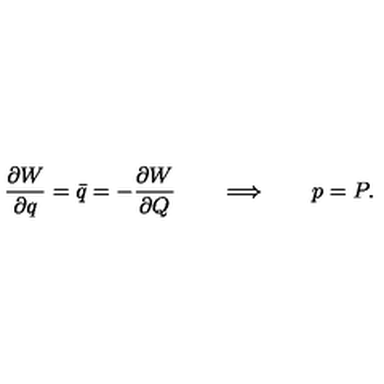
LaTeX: { \frac { \partial W } { \partial q } } = \bar { q } = - { \frac { \partial W } { \partial Q } } \qquad \Longrightarrow \qquad p = P .